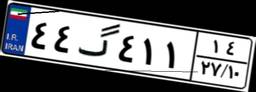
۱۴گ۰۸۱۶۹